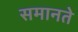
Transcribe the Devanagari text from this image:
समानते